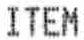
ITEM